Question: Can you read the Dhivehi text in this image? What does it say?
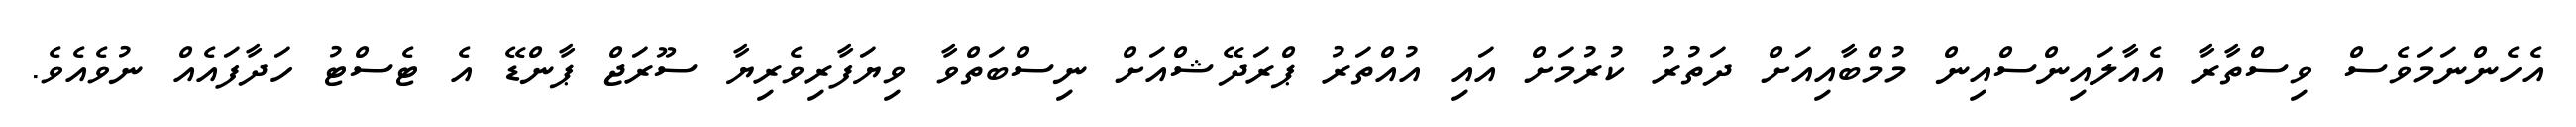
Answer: އެހެންނަމަވެސް ވިސްތާރާ އެއާލައިންސްއިން މުމްބާއިއަށް ދަތުރު ކުރުމަށް އައި އުއްތަރު ޕްރަދޭޝްއަށް ނިސްބަތްވާ ވިޔަފާރިވެރިޔާ ސޫރަޖް ޕާންޑޭ އެ ޓެސްޓު ހަދާފައެއް ނުވެއެވެ.